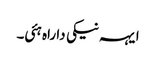
ایہہ نیکی دا راہ ہئی۔